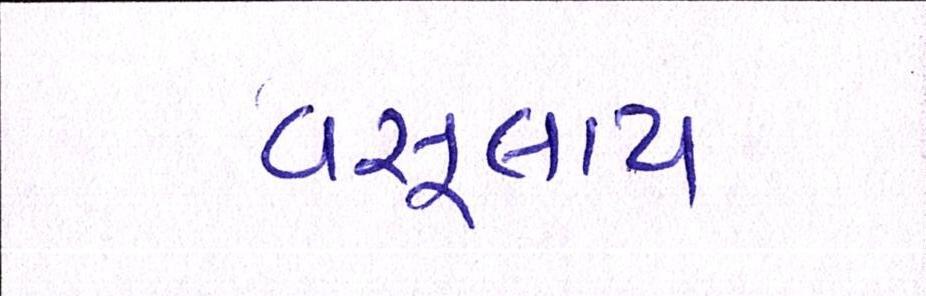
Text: વસૂલાય